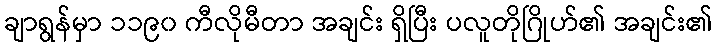
ချာရွန်မှာ ၁၁၉၀ ကီလိုမီတာ အချင်း ရှိပြီး ပလူတိုဂြိုဟ်၏ အချင်း၏